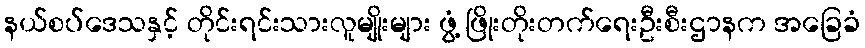
နယ်စပ်ဒေသနှင့် တိုင်းရင်းသားလူမျိုးများ ဖွံ့ ဖြိုးတိုးတက်ရေးဦးစီးဌာနက အခြေခံ